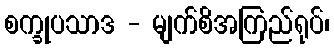
စက္ခုပသာဒ - မျက်စိအကြည်ရုပ်၊